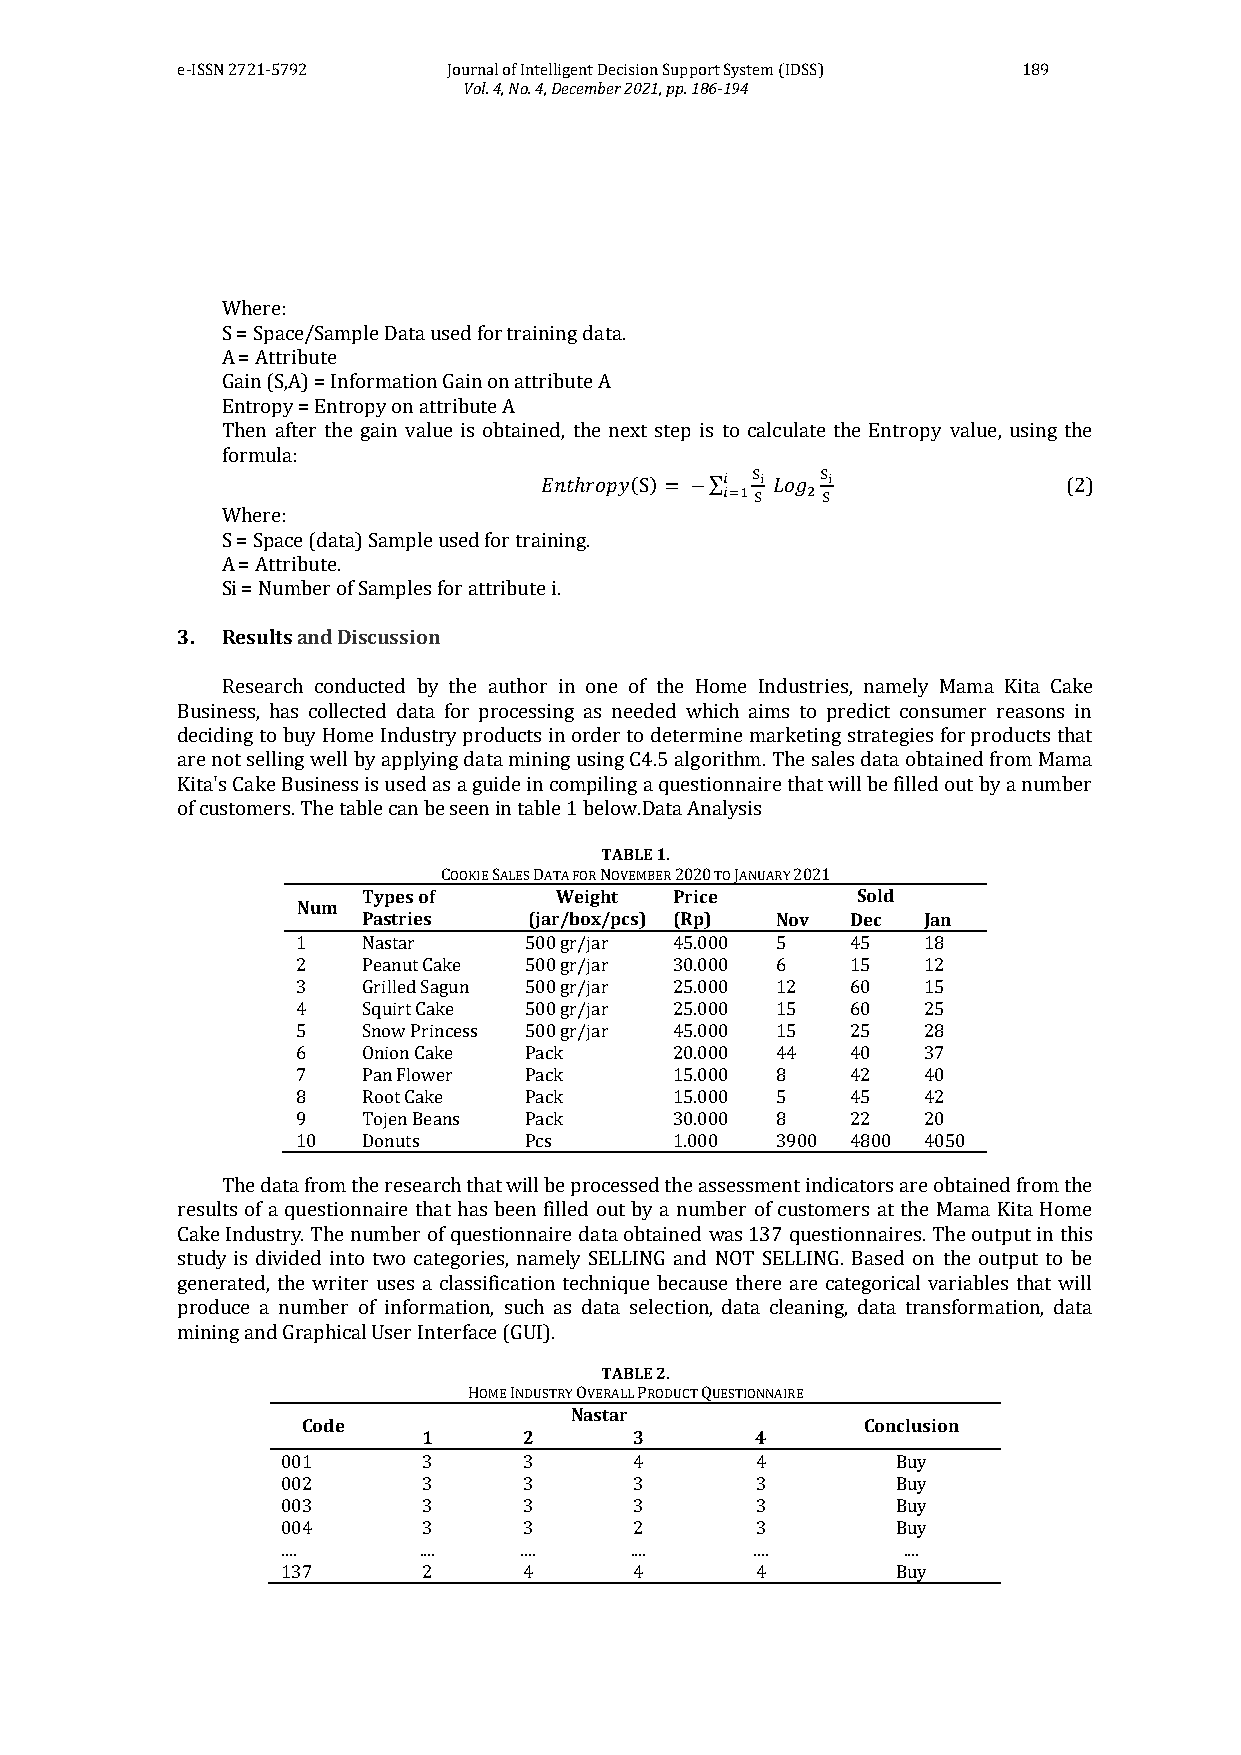
e-ISSN 2721-5792  Journal of Intelligent Decision Support System (IDSS) 189
 Vol. 4, No. 4, December 2021, pp. 186-194
 Where:
 S = Space/Sample Data used for training data.
 A = Attribute
 Gain (S,A) = Information Gain on attribute A
 Entropy = Entropy on attribute A
 Then after the gain value is obtained, the next step is to calculate the Entropy value, using the
 formula:
 ( )  ∑                       (2)
 Where:
 S = Space (data) Sample used for training.
 A = Attribute.
 Si = Number of Samples for attribute i.
 3. Results and Discussion
 Research conducted by the author in one of the Home Industries, namely Mama Kita Cake
 Business, has collected data for processing as needed which aims to predict consumer reasons in
 deciding to buy Home Industry products in order to determine marketing strategies for products that
 are not selling well by applying data mining using C4.5 algorithm. The sales data obtained from Mama
 Kita's Cake Business is used as a guide in compiling a questionnaire that will be filled out by a number
 of customers. The table can be seen in table 1 below.Data Analysis
 TABLE 1.
 COOKIE SALES DATA FOR NOVEMBER 2020 TO JANUARY 2021
 Types of     Weight Price        Sold
 Num
 Pastries   (jar/box/pcs) (Rp) Nov Dec Jan
 1   Nastar     500 gr/jar 45.000 5  45   18
 2   Peanut Cake 500 gr/jar 30.000 6 15   12
 3   Grilled Sagun 500 gr/jar 25.000 12 60 15
 4   Squirt Cake 500 gr/jar 25.000 15 60  25
 5   Snow Princess 500 gr/jar 45.000 15 25 28
 6   Onion Cake Pack     20.000 44   40   37
 7   Pan Flower Pack     15.000 8    42   40
 8   Root Cake  Pack     15.000 5    45   42
 9   Tojen Beans Pack    30.000 8    22   20
 10  Donuts     Pcs      1.000  3900 4800 4050
 The data from the research that will be processed the assessment indicators are obtained from the
 results of a questionnaire that has been filled out by a number of customers at the Mama Kita Home
 Cake Industry. The number of questionnaire data obtained was 137 questionnaires. The output in this
 study is divided into two categories, namely SELLING and NOT SELLING. Based on the output to be
 generated, the writer uses a classification technique because there are categorical variables that will
 produce a number of information, such as data selection, data cleaning, data transformation, data
 mining and Graphical User Interface (GUI).
 TABLE 2.
 HOME INDUSTRY OVERALL PRODUCT QUESTIONNAIRE
 Nastar
 Code                                 Conclusion
 1      2      3       4
 001      3      3      4       4        Buy
 002      3      3      3       3        Buy
 003      3      3      3       3        Buy
 004      3      3      2       3        Buy
 ....     ....  ....    ....    ....      ....
 137      2      4      4       4        Buy